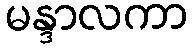
မန္ဒာလကာ